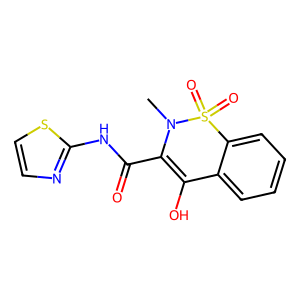
SMILES: CN1C(C(=O)Nc2nccs2)=C(O)c2ccccc2S1(=O)=O
Inhibits HIV replication: No